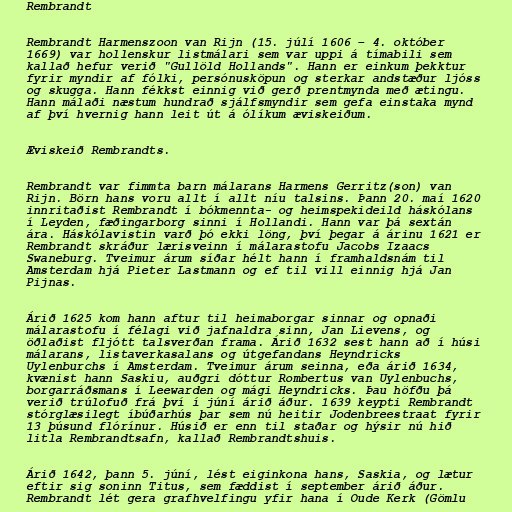
Rembrandt

Rembrandt Harmenszoon van Rijn (15. júlí 1606 – 4. október
1669) var hollenskur listmálari sem var uppi á tímabili sem
kallað hefur verið "Gullöld Hollands". Hann er einkum þekktur
fyrir myndir af fólki, persónusköpun og sterkar andstæður ljóss
og skugga. Hann fékkst einnig við gerð prentmynda með ætingu.
Hann málaði næstum hundrað sjálfsmyndir sem gefa einstaka mynd
af því hvernig hann leit út á ólíkum æviskeiðum.

Æviskeið Rembrandts.

Rembrandt var fimmta barn málarans Harmens Gerritz(son) van
Rijn. Börn hans voru allt í allt níu talsins. Þann 20. maí 1620
innritaðist Rembrandt í bókmennta- og heimspekideild háskólans
í Leyden, fæðingarborg sinni í Hollandi. Hann var þá sextán
ára. Háskólavistin varð þó ekki löng, því þegar á árinu 1621 er
Rembrandt skráður lærisveinn í málarastofu Jacobs Izaacs
Swaneburg. Tveimur árum síðar hélt hann í framhaldsnám til
Amsterdam hjá Pieter Lastmann og ef til vill einnig hjá Jan
Pijnas.

Árið 1625 kom hann aftur til heimaborgar sinnar og opnaði
málarastofu í félagi við jafnaldra sinn, Jan Lievens, og
öðlaðist fljótt talsverðan frama. Árið 1632 sest hann að í húsi
málarans, listaverkasalans og útgefandans Heyndricks
Uylenburchs í Amsterdam. Tveimur árum seinna, eða árið 1634,
kvænist hann Saskiu, auðgri dóttur Rombertus van Uylenbuchs,
borgarráðsmans í Leewarden og mági Heyndricks. Þau höfðu þá
verið trúlofuð frá því í júní árið áður. 1639 keypti Rembrandt
stórglæsilegt íbúðarhús þar sem nú heitir Jodenbreestraat fyrir
13 þúsund flórínur. Húsið er enn til staðar og hýsir nú hið
litla Rembrandtsafn, kallað Rembrandtshuis.

Árið 1642, þann 5. júní, lést eiginkona hans, Saskia, og lætur
eftir sig soninn Titus, sem fæddist í september árið áður.
Rembrandt lét gera grafhvelfingu yfir hana í Oude Kerk (Gömlu